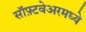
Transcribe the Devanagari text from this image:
सॉफ़्टवेअरमध्ये